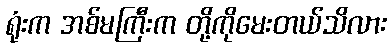
ရုံးက အစ်မကြီးက တို့ကိုမေးတယ်သိလား